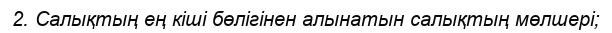
2. Салықтың ең кіші бөлігінен алынатын салықтың мөлшері;